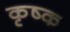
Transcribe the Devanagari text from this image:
कृष्क